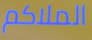
الملاكم